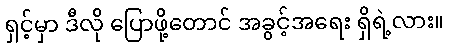
ရှင့်မှာ ဒီလို ပြောဖို့တောင် အခွင့်အရေး ရှိရဲ့လား။